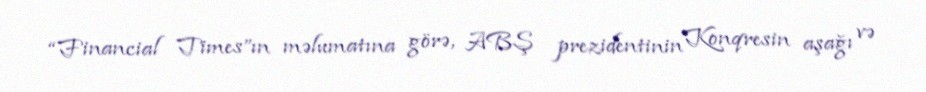
“Financial Times”ın məlumatına görə, ABŞ prezidentinin Konqresin aşağı və